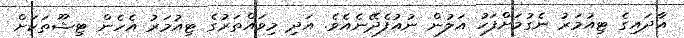
އާދައިގެ ޓިއުމަރު ނެގުމަށްފަހު އަލުން ނުއުފެދޭނެއެވެ. އަދި މިވައްތަރުގެ ޓިއުމަރު އެހެން ޓިޝޫތަކަށް